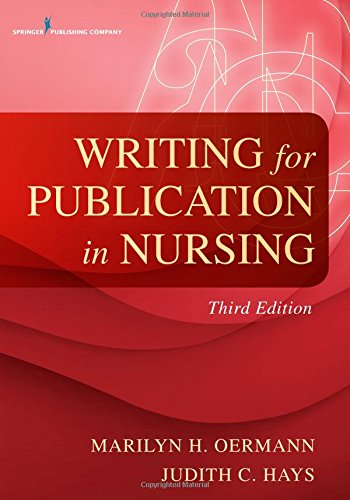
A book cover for Writing for Publication in Nursing, Third Edition; Dr. Marilyn H. Oermann PhD  RN  FAAN  ANEF; Medical Books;